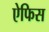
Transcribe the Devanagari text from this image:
ऐफिस